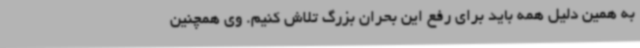
به همین دلیل همه باید برای رفع این بحران بزرگ تلاش کنیم. وی همچنین